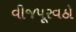
વીજપૂરવઠો